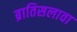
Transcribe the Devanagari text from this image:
ब्रातिसलावा